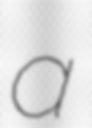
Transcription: a